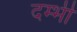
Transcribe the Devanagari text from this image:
दम्भी